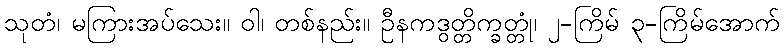
သုတံ၊ မကြားအပ်သေး။ ဝါ၊ တစ်နည်း။ ဦနကဒွတ္တိက္ခတ္တုံ၊ ၂-ကြိမ် ၃-ကြိမ်အောက်